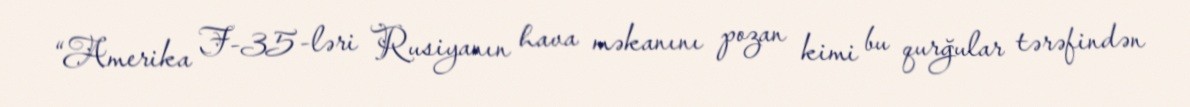
“Amerika F-35-ləri Rusiyanın hava məkanını pozan kimi bu qurğular tərəfindən